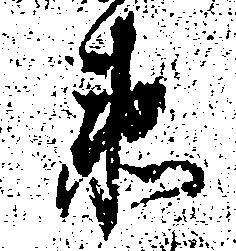
衛